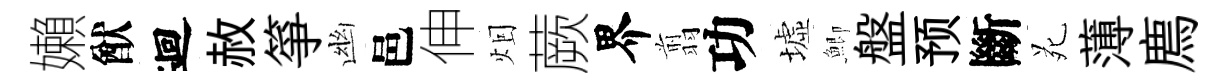
嬾猷迴赦箏幽邑伸𤇆蕨界翦功墟鯽盤预斷苑薄廌